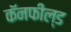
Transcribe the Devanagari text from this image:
कॅनफील्ड